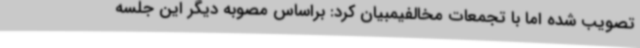
تصویب شده اما با تجمعات مخالفیمبیان کرد: براساس مصوبه دیگر این جلسه